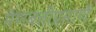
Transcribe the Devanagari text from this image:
मेणबत्तीप्रमाणे